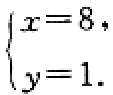
\(\begin{cases}
x = 8,\\
y = 1.
\end{cases}\)